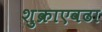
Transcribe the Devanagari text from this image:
शुक्राएवढा